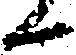
候